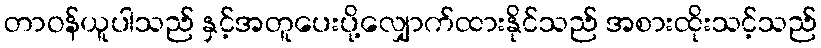
တာဝန်ယူပါသည် နှင့်အတူပေးပို့လျှောက်ထားနိုင်သည် အစားထိုးသင့်သည်